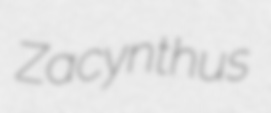
Zacynthus